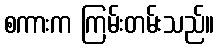
စကားက ကြမ်းတမ်းသည်။